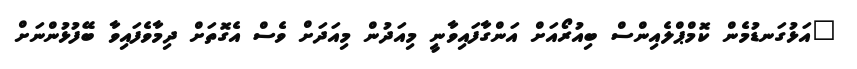
"އަޅުގަނޑުމެން ކޮމްޕްލެއިންސް ބިއުރޯއަށް އަންގާފައިވާނީ މިއަދުން މިއަދަށް ވެސް އެގޮތަށް ދިމާވެފައިވާ ބޭފުޅުންނަށް